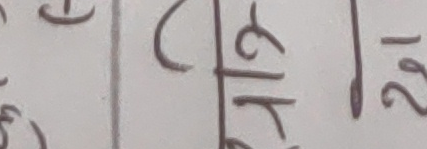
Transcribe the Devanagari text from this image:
११२
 २१